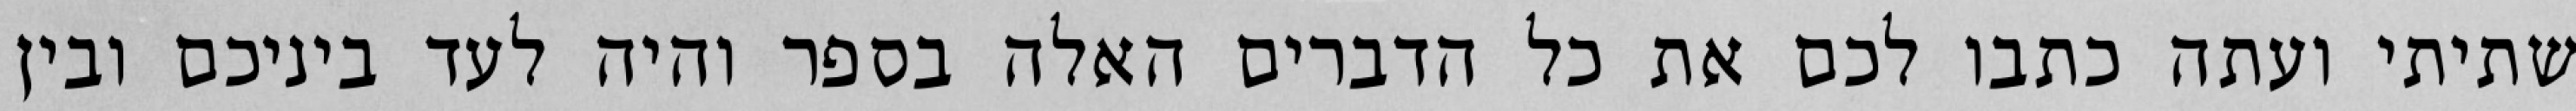
שתיתי ועתה כתבו לכם את כל הדברים האלה בספר והיה לעד ביניכם ובין